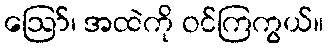
ဪ၊ အထဲကို ဝင်ကြကွယ်။